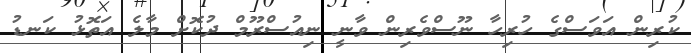
ކުރިން އަވަސްގެ ހުރިހާ ނޫސްވެރިން ވާނީ ނިއުސްރޫމް ދުކޮށް މާލެ އަތޮޅު ކަނޑު